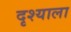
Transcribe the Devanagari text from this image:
दृश्‍याला